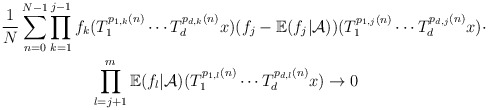
\begin{align*} \frac{1}{N}\sum_{n=0}^{N-1}&\prod_{k=1}^{j-1}f_k(T_{1}^{p_{1,k}(n)}\cdots T_{d}^{p_{d,k}(n)}x)(f_j-\mathbb{E}(f_j|\mathcal{A}))(T_{1}^{p_{1,j}(n)}\cdots T_{d}^{p_{d,j}(n)}x)\cdot\\&\ \ \ \ \ \ \ \ \prod_{l=j+1}^{m}\mathbb{E}(f_{l}|\mathcal{A})(T_{1}^{p_{1,l}(n)}\cdots T_{d}^{p_{d,l}(n)}x)\rightarrow 0 \end{align*}